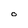
Character: O